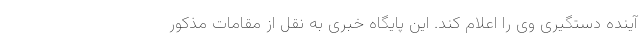
آینده دستگیری وی را اعلام کند. این پایگاه خبری به نقل از مقامات مذکور